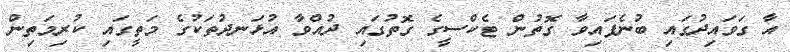
އާ ގަވައިދުގައި ބުނެފައިވާ ގޮތުން ޓެކްސީގެ ގޮތުގައި ދުއްވާ އުޅަނދުތަކުގެ މަތީގައި ކުރިމަތިން